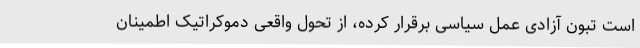
است تبون آزادی عمل سیاسی برقرار کرده، از تحول واقعی دموکراتیک اطمینان